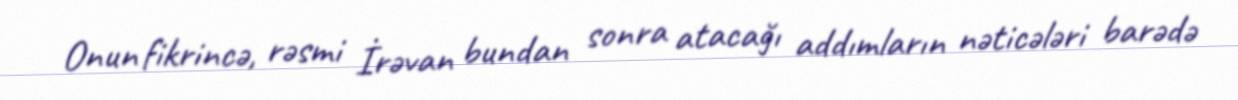
Onun fikrincə, rəsmi İrəvan bundan sonra atacağı addımların nəticələri barədə